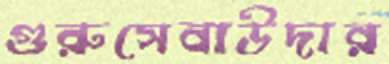
গুরুসেবাউদার